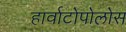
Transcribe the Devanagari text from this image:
हार्वाटोपोलोस